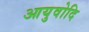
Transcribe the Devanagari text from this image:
आयुवोदि